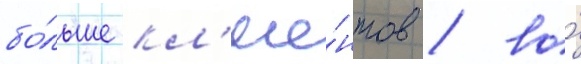
бо́льше кл'ие́нтов / во́